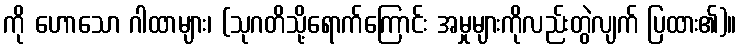
ကို ဟောသော ဂါထာများ၊ (သုဂတိသို့ရောက်ကြောင်း အမှုများကိုလည်းတွဲလျက် ပြထား၏)။